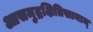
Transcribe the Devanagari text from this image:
आसमुद्रक्षितिसानाम्